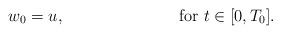
LaTeX: \begin{align*}~~~~~~~~~~~~~~~~~~~~~~~~~~~~~~~~w_{0}=u,~~~~~~~~~~~~~~~~~~~~~\mbox{for}~t\in[0,T_{0}].\end{align*}